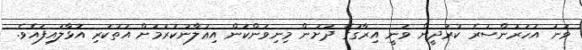
ވަނަ އަހަރުންސުރެ ކުރުދީން ވަނީ އިރާގުގެ ދަށުން މިނިވަންކަން އިޢުލާނުކުރުމަށް އަތުކުރި އޮޅާލައިފައެވެ.